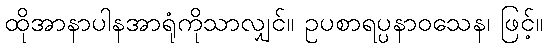
ထိုအာနာပါနအာရုံကိုသာလျှင်။ ဥပစာရပ္ပနာဝသေန၊ ဖြင့်။